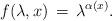
LaTeX: \begin{align*}f(\lambda,x) \, = \, \lambda^{\alpha(x)}.\end{align*}